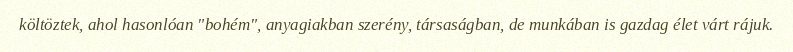
költöztek, ahol hasonlóan "bohém", anyagiakban szerény, társaságban, de munkában is gazdag élet várt rájuk.